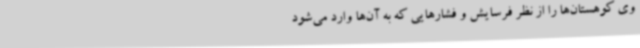
وی کوهستان‌ها را از نظر فرسایش و فشارهایی که به آن‌ها وارد می‌شود